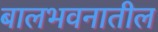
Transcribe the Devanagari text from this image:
बालभवनातील